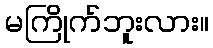
မကြိုက်ဘူးလား။